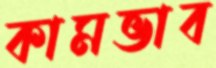
কামভাব